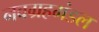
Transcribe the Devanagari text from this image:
नवग्रहमंडल